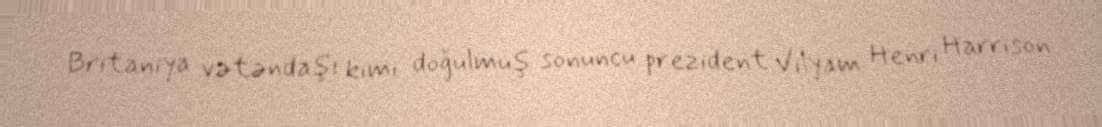
Britaniya vətəndaşı kimi doğulmuş sonuncu prezident Vilyam Henri Harrison